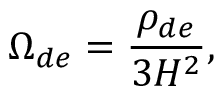
\Omega _ { d e } = \frac { \rho _ { d e } } { 3 H ^ { 2 } } ,